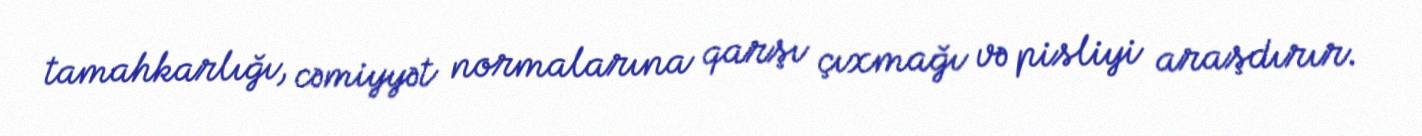
tamahkarlığı, cəmiyyət normalarına qarşı çıxmağı və pisliyi araşdırır.